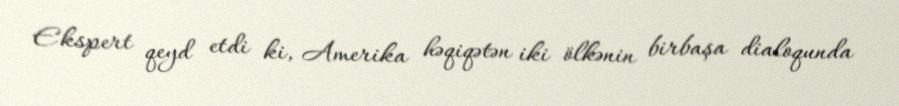
Ekspert qeyd etdi ki, Amerika həqiqətən iki ölkənin birbaşa dialoqunda